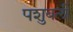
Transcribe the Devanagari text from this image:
पशुबली